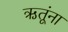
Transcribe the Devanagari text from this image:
ऋतूंना